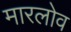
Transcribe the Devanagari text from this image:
मारलोव